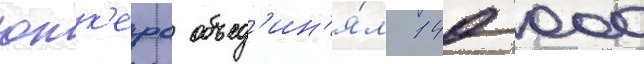
юнк'ерс объед'ин'я́л 140 000